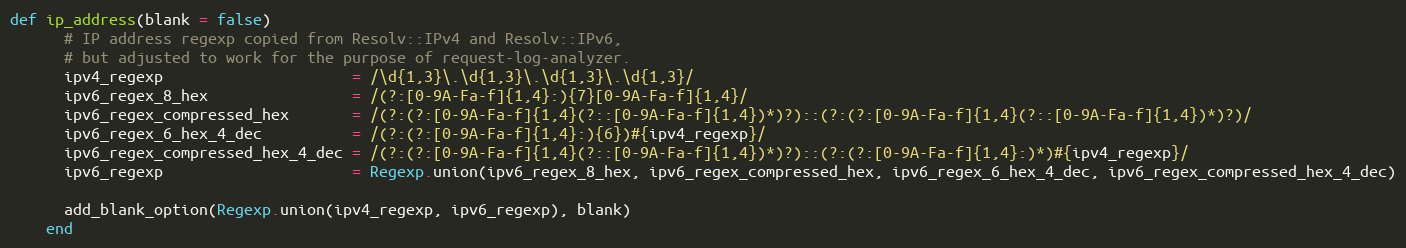
Language: Ruby
def ip_address(blank = false)
      # IP address regexp copied from Resolv::IPv4 and Resolv::IPv6,
      # but adjusted to work for the purpose of request-log-analyzer.
      ipv4_regexp                     = /\d{1,3}\.\d{1,3}\.\d{1,3}\.\d{1,3}/
      ipv6_regex_8_hex                = /(?:[0-9A-Fa-f]{1,4}:){7}[0-9A-Fa-f]{1,4}/
      ipv6_regex_compressed_hex       = /(?:(?:[0-9A-Fa-f]{1,4}(?::[0-9A-Fa-f]{1,4})*)?)::(?:(?:[0-9A-Fa-f]{1,4}(?::[0-9A-Fa-f]{1,4})*)?)/
      ipv6_regex_6_hex_4_dec          = /(?:(?:[0-9A-Fa-f]{1,4}:){6})#{ipv4_regexp}/
      ipv6_regex_compressed_hex_4_dec = /(?:(?:[0-9A-Fa-f]{1,4}(?::[0-9A-Fa-f]{1,4})*)?)::(?:(?:[0-9A-Fa-f]{1,4}:)*)#{ipv4_regexp}/
      ipv6_regexp                     = Regexp.union(ipv6_regex_8_hex, ipv6_regex_compressed_hex, ipv6_regex_6_hex_4_dec, ipv6_regex_compressed_hex_4_dec)

      add_blank_option(Regexp.union(ipv4_regexp, ipv6_regexp), blank)
    end